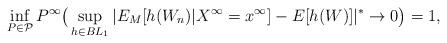
LaTeX: \begin{align*}\inf_{P\in \mathcal P} P^\infty\big(\sup_{h\in BL_1}|E_M[h(W_n)|X^\infty=x^\infty]-E[h(W)]|^*\to 0\big)=1,\end{align*}